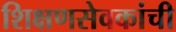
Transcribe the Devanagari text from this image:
शिक्षणसेवकांची